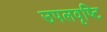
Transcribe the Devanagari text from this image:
उपलवृष्टि